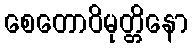
စေတောဝိမုတ္တိနော